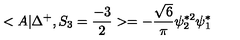
< A | \Delta ^ { + } , S _ { 3 } = \frac { - 3 } { 2 } > = - \frac { \sqrt { 6 } } { \pi } \psi _ { 2 } ^ { * 2 } \psi _ { 1 } ^ { * }